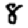
Digit: 8